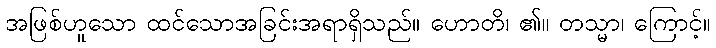
အဖြစ်ဟူသော ထင်သောအခြင်းအရာရှိသည်။ ဟောတိ၊ ၏။ တသ္မာ၊ ကြောင့်။